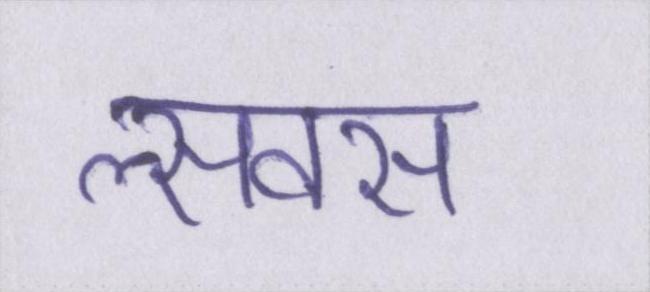
सॢवस